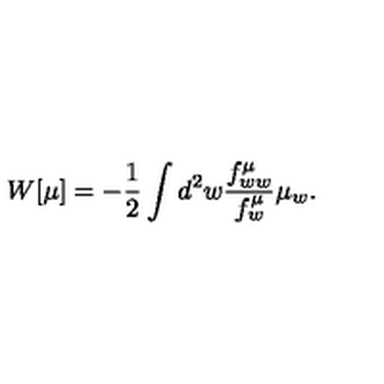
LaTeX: W [ \mu ] = - { \frac { 1 } { 2 } } \int d ^ { 2 } w { \frac { f _ { w w } ^ { \mu } } { f _ { w } ^ { \mu } } } \mu _ { w } .